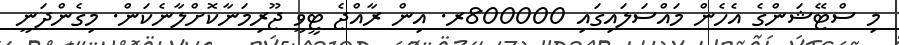
މި ސްޓޭޝަންގެ އެހެން މައްސަލައިގައި 800000ރ. އިން ރާއްޖެ ޓީވީ ޖޫރިމަނާކޮށްލާނެކަން. މިގެންދަނީ